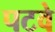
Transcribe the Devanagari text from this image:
पटवे